65_HS1-834228961_62-HQ-83894_Section_7
Agency: FBI
Page 75
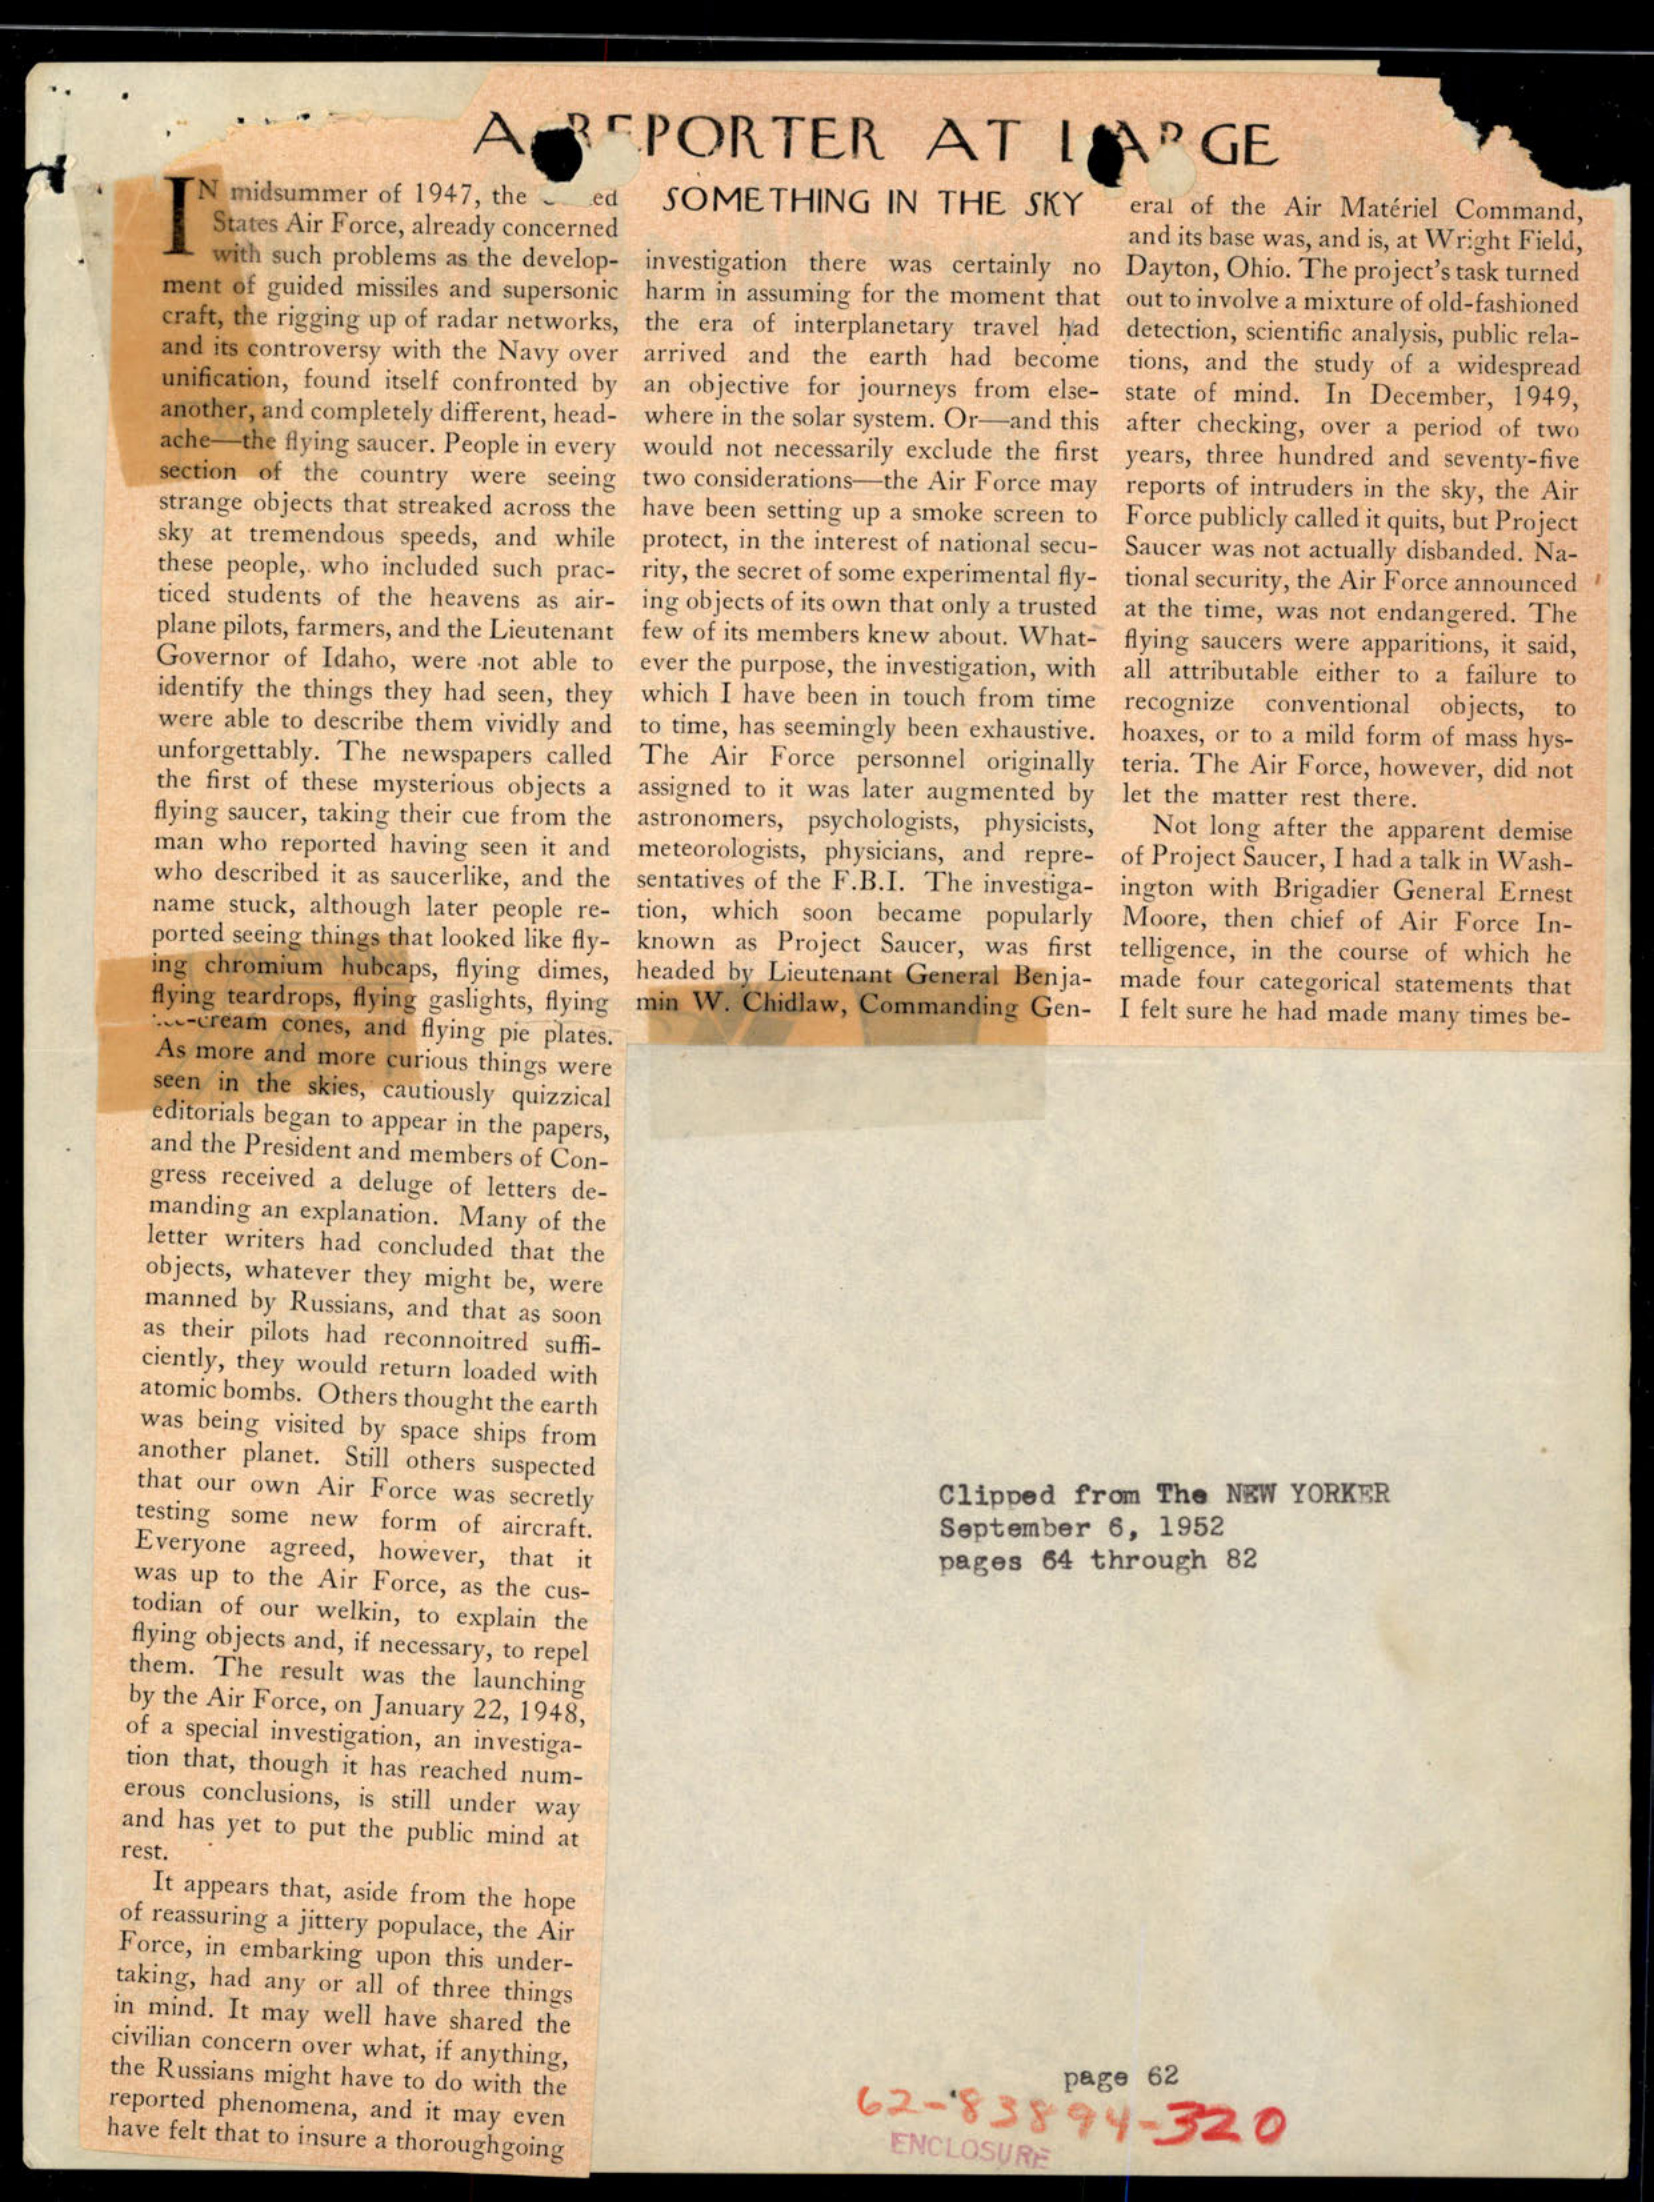